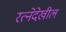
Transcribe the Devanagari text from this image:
रत्‍नेदेखील